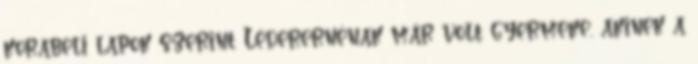
korabeli lapok szerint Léderernénak már volt gyermeke, akinek a